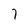
Character: 7